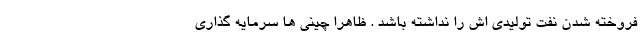
فروخته شدن نفت تولیدی اش را نداشته باشد . ظاهرا چینی ها سرمایه گذاری